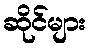
ဆိုင်များ